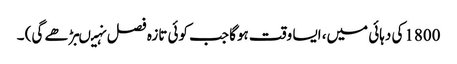
1800کی دہائی میں، ایسا وقت ہوگا جب کوئی تازہ فصل نہیںبڑھے گی) ۔